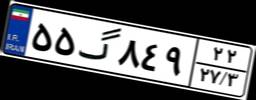
۳۹گ۷۲۵۴۵